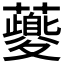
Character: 𧃍